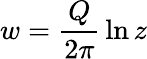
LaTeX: w={\frac{Q}{2\pi}}\ln z